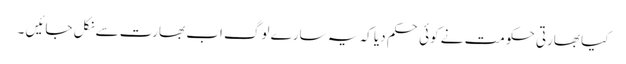
کیا بھارتی حکومت نے کوئی حکم دیا کہ یہ سارے لوگ اب بھارت سے نکل جائیں ۔